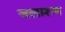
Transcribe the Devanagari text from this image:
जलाश्‍ाय